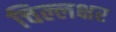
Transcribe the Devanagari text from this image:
चिल्लक्षर